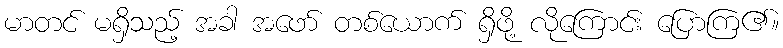
မာတင် မရှိသည့် အခါ အဖော် တစ်ယောက် ရှိဖို့ လိုကြောင်း ပြောကြ၏။